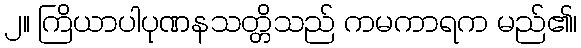
၂။ ကြိယာပါပုဏနသတ္တိသည် ကမကာရက မည်၏၊